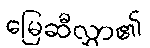
မြေဆီလွှာ၏